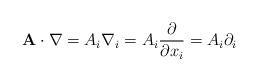
LaTeX: \begin{align*}\mathbf{A}\cdot\nabla=A_{i}\nabla_{i}=A_{i}\frac{\partial}{\partial x_{i}}=A_{i}\partial_{i}\end{align*}